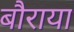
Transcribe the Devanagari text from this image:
बौराया